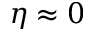
\eta \approx 0